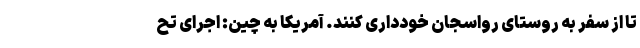
تا از سفر به روستای رواسجان خودداری کنند. آمریکا به چین: اجرای تح